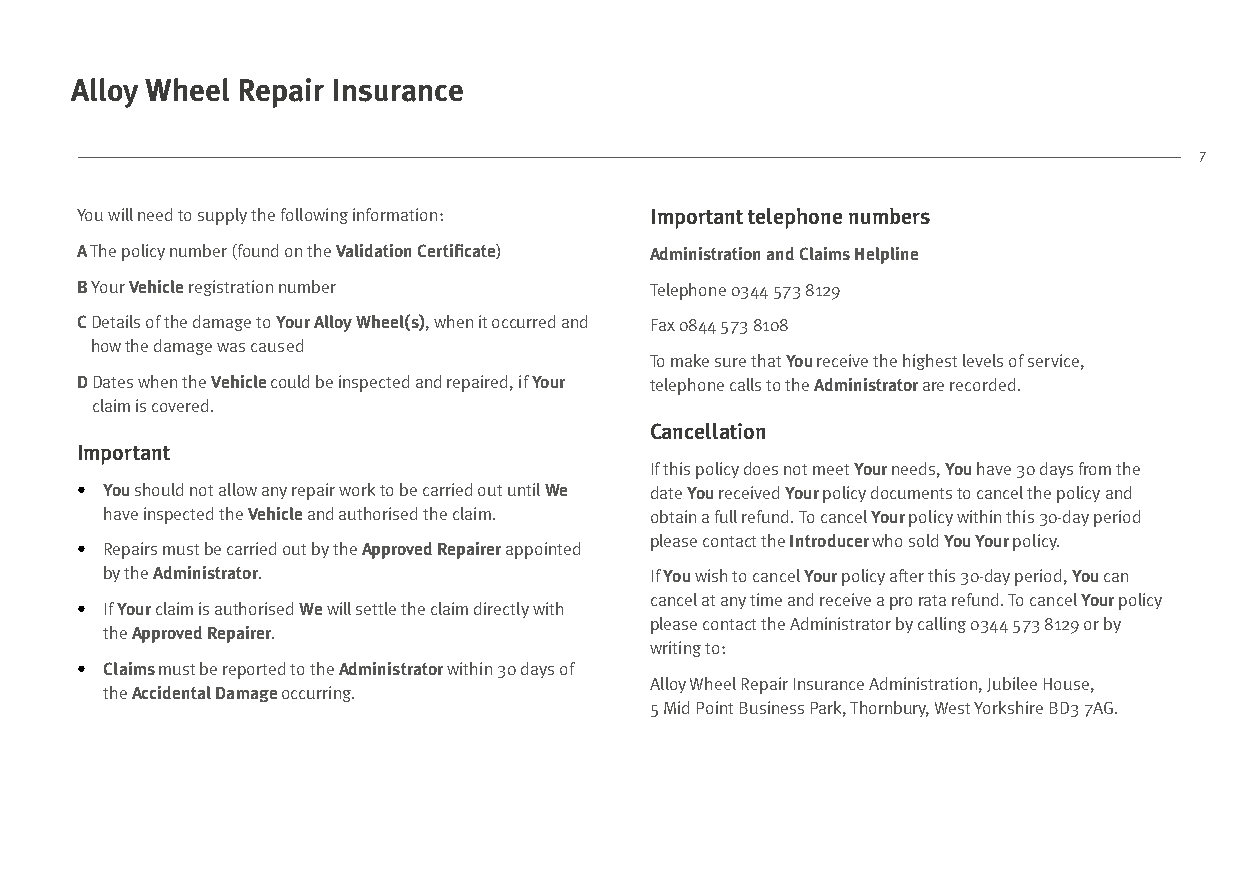
Alloy Wheel Repair Insurance
 7
 You will need to supply the following information: Important telephone numbers
 A The policy number (found on the Validation Certificate) Administration and Claims Helpline
 B Your Vehicle registration number    Telephone 0344 573 8129
 C Details of the damage to Your Alloy Wheel(s), when it occurred and Fax 0844 573 8108
 how the damage was caused
 To make sure that You receive the highest levels of service,
 D Dates when the Vehicle could be inspected and repaired, if Your telephone calls to the Administrator are recorded.
 claim is covered.
 Cancellation
 Important
 If this policy does not meet Your needs, You have 30 days from the
 • You should not allow any repair work to be carried out until We date You received Your policy documents to cancel the policy and
 have inspected the Vehicle and authorised the claim. obtain a full refund. To cancel Your policy within this 30-day period
 please contact the Introducer who sold You Your policy.
 • Repairs must be carried out by the Approved Repairer appointed
 by the Administrator.               If You wish to cancel Your policy after this 30-day period, You can
 cancel at any time and receive a pro rata refund. To cancel Your policy
 • If Your claim is authorised We will settle the claim directly with
 please contact the Administrator by calling 0344 573 8129 or by
 the Approved Repairer.
 writing to:
 • C laims must be reported to the Administrator within 30 days of
 Alloy Wheel Repair Insurance Administration, Jubilee House,
 the Accidental Damage occurring.
 5 Mid Point Business Park, Thornbury, West Yorkshire BD3 7AG.